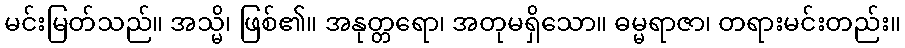
မင်းမြတ်သည်။ အသ္မိ၊ ဖြစ်၏။ အနုတ္တရော၊ အတုမရှိသော။ ဓမ္မရာဇာ၊ တရားမင်းတည်း။